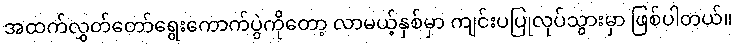
အထက်လွှတ်တော်ရွေးကောက်ပွဲကိုတော့ လာမယ့်နှစ်မှာ ကျင်းပပြုလုပ်သွားမှာ ဖြစ်ပါတယ်။